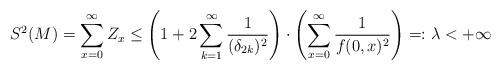
LaTeX: \begin{align*}S^2(M) = \sum_{x=0}^{\infty} Z_x &\le \left( 1 +2\sum_{k=1}^{\infty} \dfrac{1}{(\delta_{2k})^2} \right) \cdot \left( \sum_{x=0}^{\infty} \dfrac{1}{f(0,x)^2} \right)=:\lambda <+\infty\end{align*}